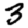
Digit: 3